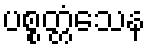
ပစ္စတ္တံသေန